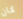
كان